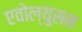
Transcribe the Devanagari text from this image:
एवोल्युसन